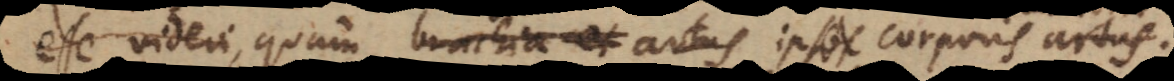
esse videri quam brachia et artus ipsos corporis artus.